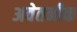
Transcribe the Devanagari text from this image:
अवेतनीक